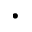
\cdot